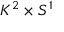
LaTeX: K ^ { 2 } \times S ^ { 1 }